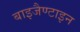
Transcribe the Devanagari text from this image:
बाइजैण्टाइन